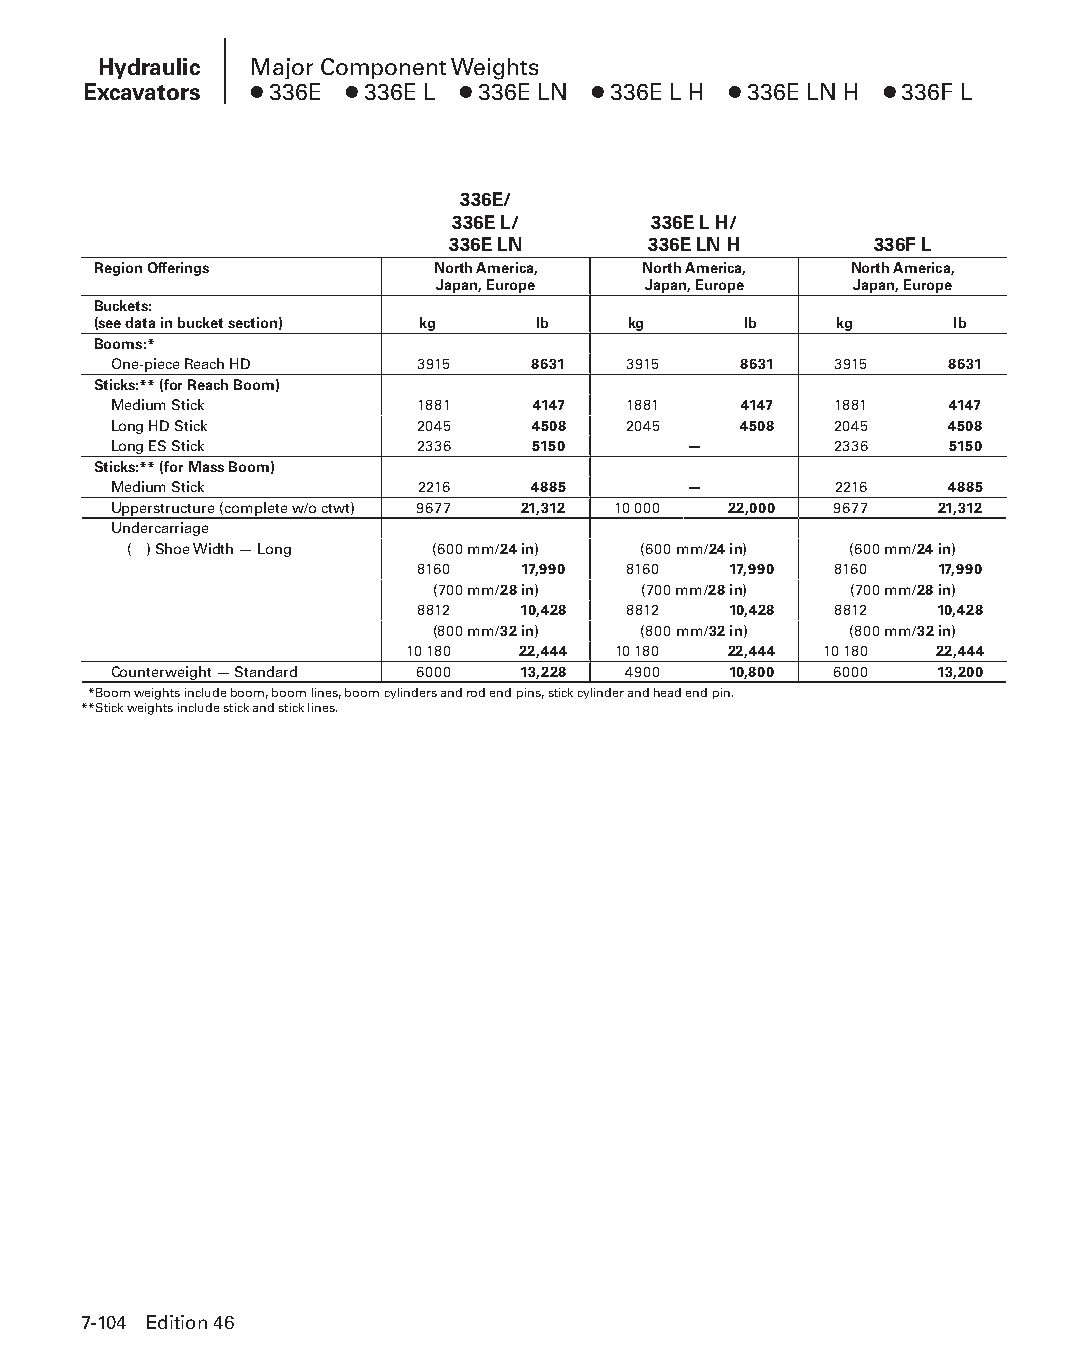
Hydraulic Major Component Weights
 Excavators ● 336E ● 336E L ● 336E LN ● 336E L H ● 336E LN H ● 336F L
 336E/
 336E L/      336E L H/
 336E LN      336E LN H      336F L
 Region Offerings      North America, North America, North America,
 Japan, Europe Japan, Europe Japan, Europe
 Buckets:
 (see data in bucket section) kg lb kg      lb    kg     lb
 Booms:*
 One-piece Reach HD  3915    8631  3915   8631   3915   8631
 Sticks:** (for Reach Boom)
 Medium Stick        1881    4147  1881   4147   1881   4147
 Long HD Stick       2045    4508  2045   4508   2045   4508
 Long ES Stick       2336    5150      —         2336   5150
 Sticks:** (for Mass Boom)
 Medium Stick        2216    4885      —         2216   4885
 Upperstructure (complete w/o ctwt) 9677 21,312 10 000 22,000 9677 21,312
 Undercarriage
 ( ) Shoe Width — Long (600 mm/24 in) (600 mm/24 in) (600 mm/24 in)
 8160   17,990 8160   17,990 8160  17,990
 (700 mm/28 in) (700 mm/28 in) (700 mm/28 in)
 8812   10,428 8812   10,428 8812  10,428
 (800 mm/32 in) (800 mm/32 in) (800 mm/32 in)
 10 180  22,444 10 180 22,444 10 180 22,444
 Counterweight — Standard 6000 13,228 4900 10,800 6000 13,200
 **Boom weights include boom, boom lines, boom cylinders and rod end pins, stick cylinder and head end pin.
 **Stick weights include stick and stick lines.
 7-104 Edition 46
 PPHHBB--SSeecc0077--HHyyddrraauulliiccEExxccaavvaattoorrss((ppgg008899--114400))..iinndddd 110044 1122//44//1155 1100::3355 AAMM